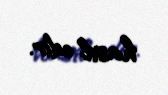
hasil edir.